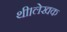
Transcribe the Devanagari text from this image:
थी।लेखक